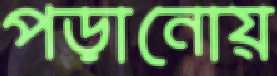
পড়ানোয়